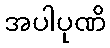
အပါပုဏိ